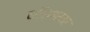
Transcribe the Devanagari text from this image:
काॅर्नरवर